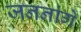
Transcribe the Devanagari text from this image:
जननांगे